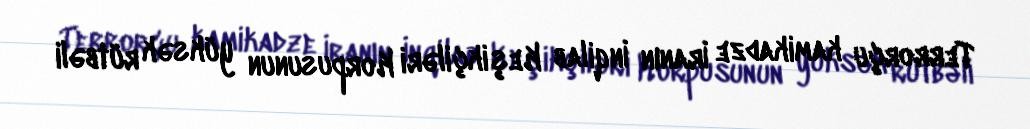
Terrorçu kamikadze İranın İnqilab Keşikçiləri Korpusunun yüksək rütbəli